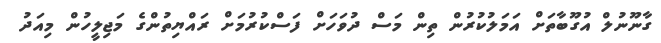
ގާނޫނުލް އުގޫބާތަށް އަމަލުކުރުން ތިން މަސް ދުވަހަށް ފަސްކުރުމަށް ރައްޔިތުންގެ މަޖިލީހުން މިއަދު